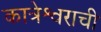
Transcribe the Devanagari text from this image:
कात्रेश्वराची